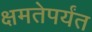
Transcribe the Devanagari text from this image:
क्षमतेपर्यंत